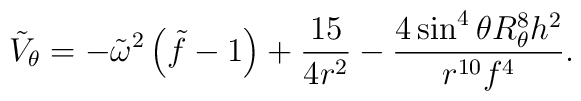
\tilde V_\theta = - \tilde \omega^2 \left ( \tilde f -1 \right )  + { 15 \over { 4 r^2}}   - {{ 4 \sin^4 \theta R^8_\theta {h}^2 } \over {r^{10} f^4 } } .